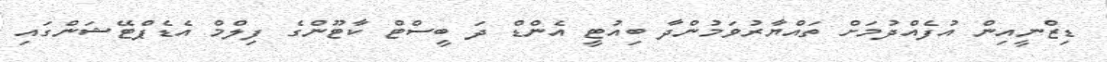
ޑިޒްނީއިން އުފެއްދުމަށް ތައްޔާރުވަމުންދާ ބިއުޓީ އެންޑް ދަ ބީސްޓް ކާޓޫންގެ ފިލްމް އެޑެޕްޓޭޝަންގައި